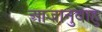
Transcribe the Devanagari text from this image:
आजानुबाहु